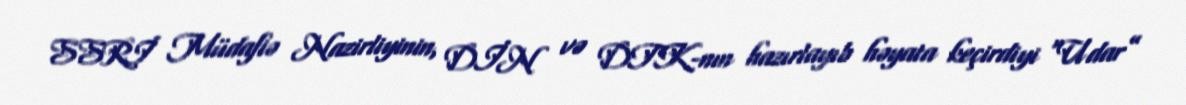
SSRİ Müdafiə Nazirliyinin, DİN və DTK-nın hazırlayıb həyata keçirdiyi “Udar”